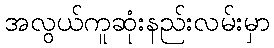
အလွယ်ကူဆုံးနည်းလမ်းမှာ